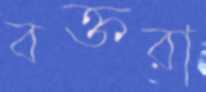
বক্তরা